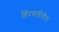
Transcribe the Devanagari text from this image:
हिंदवाडीतील